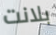
بلانت